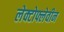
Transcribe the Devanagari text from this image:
लेक्टोफ्लेवीन